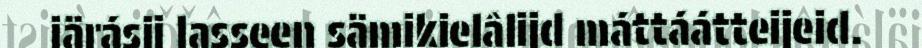
iärásij lasseen sämikielâlijd máttáátteijeid.